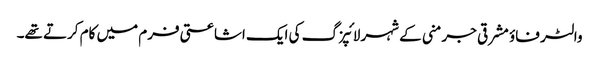
والٹر فاؤ مشرقی جرمنی کے شہر لائپزگ کی ایک اشاعتی فرم میں کام کرتے تھے۔